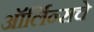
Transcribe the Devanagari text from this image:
ऑर्लिन्सचे